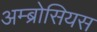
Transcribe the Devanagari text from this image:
अम्ब्रोसियस